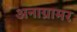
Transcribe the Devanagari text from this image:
अनाग्रामर